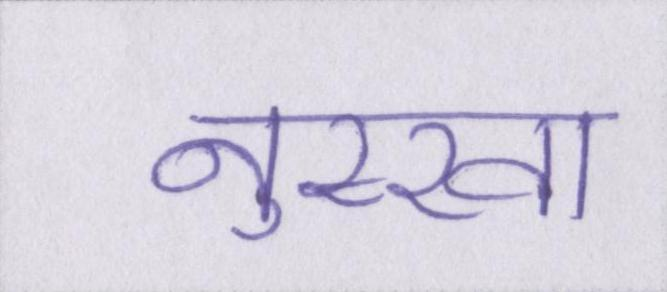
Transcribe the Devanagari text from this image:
नुस्खा